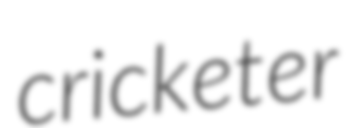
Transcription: cricketer